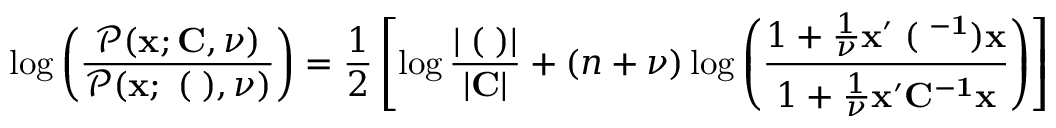
\log \left( \frac { \mathcal { P } ( { \bf x } ; { \bf C } , \nu ) } { \mathcal { P } ( { \bf x } ; { \bf \Xi } ( { \bf \Lambda } ) , \nu ) } \right) = \frac { 1 } { 2 } \left[ \log \frac { | { \bf \Xi } ( { \bf \Lambda } ) | } { | { \bf C } | } + ( n + \nu ) \log \left( \frac { 1 + \frac { 1 } { \nu } \bf { x } ^ { \prime } { \bf \Xi } ( { \bf \Lambda } ^ { - 1 } ) \bf { x } } { 1 + \frac { 1 } { \nu } \bf { x } ^ { \prime } \bf { C } ^ { - 1 } \bf { x } } \right) \right]